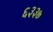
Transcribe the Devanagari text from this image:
६३३७